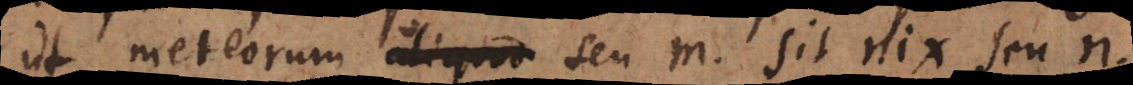
ut meteorum seu m sit nix seu n